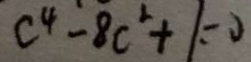
c ^ { 4 } - 8 c ^ { 2 } + 1 = 0